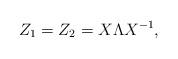
LaTeX: \begin{align*}&Z_1 = Z_2 = X\Lambda X^{-1},\end{align*}